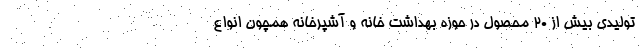
تولیدی بیش از 20 محصول در حوزه بهداشت خانه و آشپرخانه همچون انواع